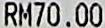
RM70.00